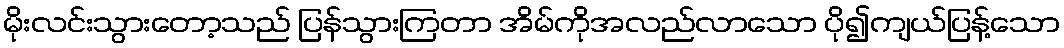
မိုးလင်းသွားတော့သည် ပြန်သွားကြတာ အိမ်ကိုအလည်လာသော ပို၍ကျယ်ပြန့်သော